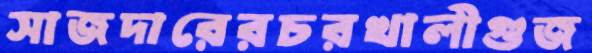
সাজদারেরচরখালীগুজ